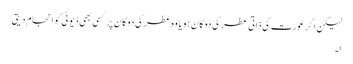
لیکن اگر عورت کی ذاتی عطر کی دوکان ہو یا وہ عطر کی دوکان پر کسی بھی ڈیوٹی کو انجام دیتی
ا۔